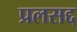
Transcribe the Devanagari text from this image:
प्रलसद्द